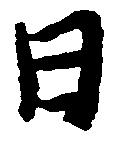
日